system: You are a helpful assistant.
user:
Analyze the provided spectrum to determine if it is a **Carbon Star (C-type)**.

- **Key Visual Indicators of Carbon Star:**
    - **(Primary):** Strong molecular absorption from **C₂ (diatomic carbon) "Swan Bands."** This is the **defining feature** of a carbon star.
        - **(Key Bandheads):** Sharp absorption edges are visible at approximately $5635$ Å, $5165$ Å (the strongest band), and $4737$ Å.
        - **(Line Profile):** Creates a distinct **"saw-tooth"** pattern. The key morphology is a sharp, steep bandhead on the **red (long-wavelength) side**, which then gradually tapers off (i.e., flux recovers) towards the **blue (short-wavelength) side**. *(This is the direct opposite of the TiO bands seen in M-type stars)*.

    - **(Secondary):** Intense **CN (cyanogen)** molecular absorption bands.
        - **(Key Bandheads):** Located in the blue and violet regions of the spectrum (e.g., near $4215$ Å and $3883$ Å).
        - **(Morphology):** These bands are extremely broad and act as a "blanket," absorbing the vast majority of blue and violet light. This creates a characteristic **"cliff"** or **"steep drop-off"** in the spectrum's flux at short wavelengths.

    - **(Key Confirmation):** Strong **CH absorption band (G-band)**.
        - **(Key Bandhead):** Located around $4300$ Å. The contribution from CH molecules to this band is exceptionally strong.

    - **(Overall Spectrum):**
        - The continuum is severely "chopped up" by these deep molecular bands, especially C₂, rather than appearing as a smooth curve.
        - Due to the heavy CN and C₂ absorption in the blue-green, the vast majority of the star's flux is concentrated in the red part of the spectrum, giving the star its characteristic deep red color.

Think first, call **spectral_visualization_tool** if needed to examine features in detail, then provide your final answer. Your response must adhere to the following strict rules:
1.  **Overall Structure:** Your response must follow the format `<think>...</think> <tool_call>...</tool_call> (if a tool is used) <answer>...</answer>`.
2.  **Tool Usage Constraint:** You may only make **one** tool call per turn.
3.  **Final Answer Format:** In the `<answer>` tag, your conclusion must be inside a `\boxed{}` command (e.g., `\boxed{YES}`), followed by your justification.

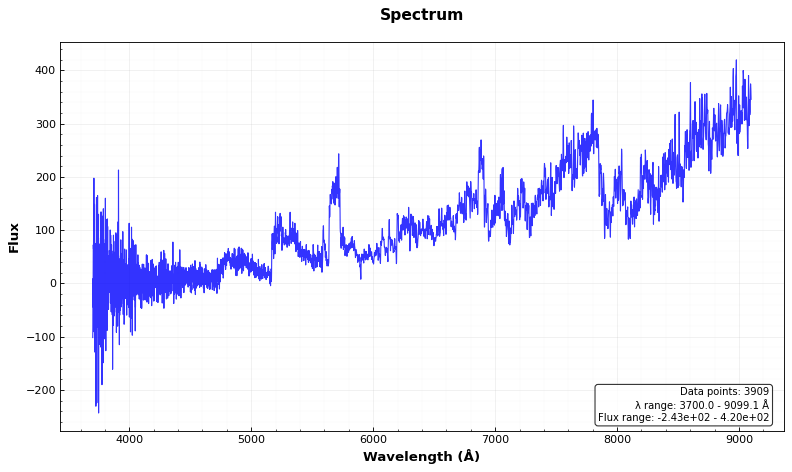
Answer: YES